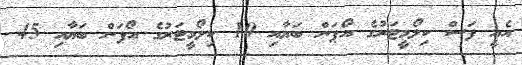
އެއީ ފަސް ކިލޯމީޓަރުގެ އޯޕަން ބަޔާއި 10 ކިލޯމީޓަރުގެ އޯޕަން ބަޔާއި 45